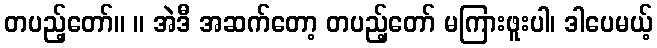
တပည့်တော်။ ။ အဲဒီ အဆက်တော့ တပည့်တော် မကြားဖူးပါ၊ ဒါပေမယ့်